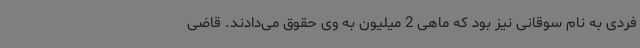
فردی به نام سوقانی نیز بود که ماهی 2 میلیون به وی حقوق می‌دادند. قاضی